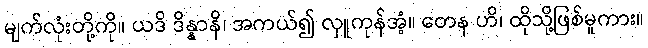
မျက်လုံးတို့ကို။ ယဒိ ဒိန္နာနိ၊ အကယ်၍ လှူကုန်အံ့။ တေန ဟိ၊ ထိုသို့ဖြစ်မူကား။